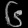
Digit: ၆